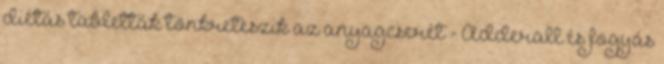
diétás tabletták tönkreteszik az anyagcserét - Adderall és fogyás